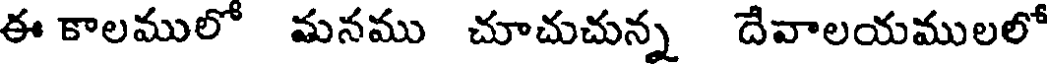
ఈ కాలములో మనము చూచుచున్న దేవాలయములలో